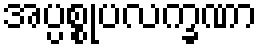
အပ္ပစ္စုပလက္ခဏာ